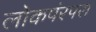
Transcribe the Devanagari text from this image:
लोकपंरपरा